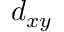
d _ { x y }